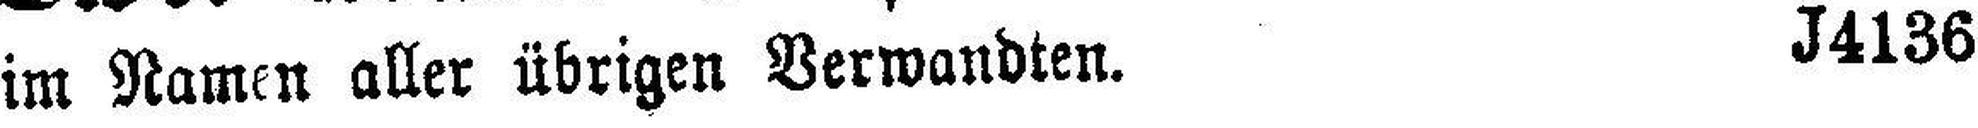
im Namen aller übrigen Verwandten. J4136